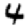
Digit: 4